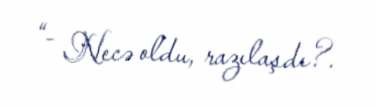
“- Necə oldu, razılaşdı?.